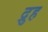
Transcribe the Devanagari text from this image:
द्रुह